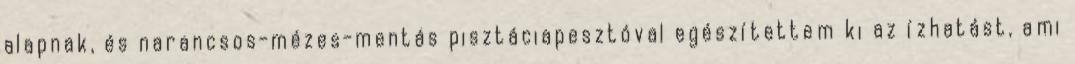
alapnak, és narancsos-mézes-mentás pisztáciapesztóval egészítettem ki az ízhatást, ami